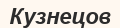
Кузнецов